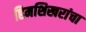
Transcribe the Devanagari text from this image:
हिमशिखरांचा